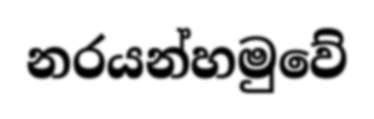
නරයන්හමුවේ